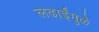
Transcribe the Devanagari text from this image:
लढाईंमुळे